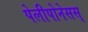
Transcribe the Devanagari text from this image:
पेलीपोनेसस्‌